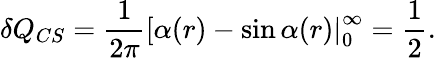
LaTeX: \delta Q_{CS}=\frac{1}{2\pi}\left[\alpha(r)-\sin\alpha(r)\right|_{0}^{\infty}=\frac{1}{2}.